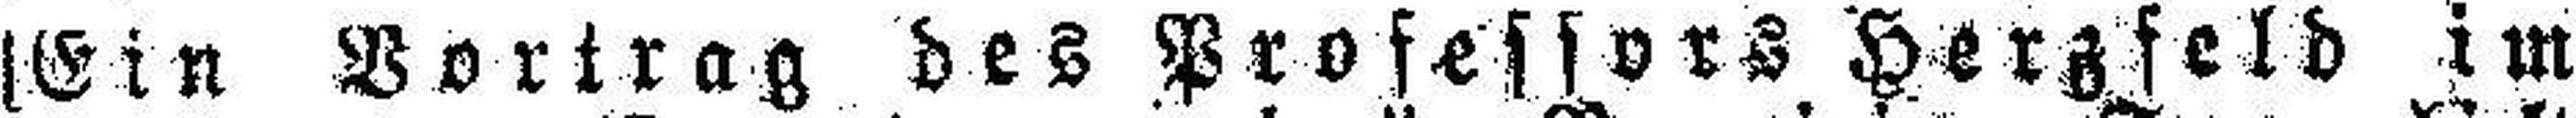
[Ein Vortrag des Professors Herzfeld im